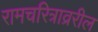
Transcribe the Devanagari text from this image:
रामचरित्राव्ररील